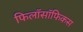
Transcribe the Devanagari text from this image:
फिलॉसॉफिकस